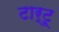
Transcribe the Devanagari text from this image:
टार्टू